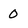
Character: 0